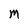
Character: M